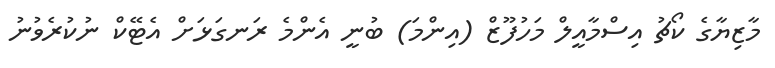
މާޒިޔާގެ ކޯޗު އިސްމާއީލް މަހުފޫޒް (އިންމަ) ބުނީ އެންމެ ރަނގަޅަށް އެޓޭކް ނުކުރެވުނު